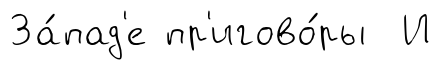
За́пад'е пр'игово́ры И